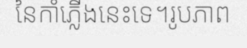
នៃកាំភ្លើងនេះទេ។រូបភាព